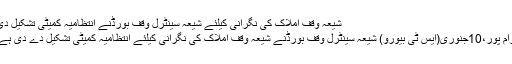
شیعہ وقف املاک کی نگرانی کیلئے شیعہ سینٹرل وقف بورڈنے انتظامیہ کمیٹی تشکیل دی
رام پور،10جنوری(ایس ٹی بیورو) شیعہ سینٹرل وقف بورڈنے شیعہ وقف املاک کی نگرانی کیلئے انتظامیہ کمیٹی تشکیل دے دی ہے۔